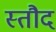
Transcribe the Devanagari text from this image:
स्तौद